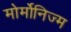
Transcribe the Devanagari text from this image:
मोर्मोनिज्म